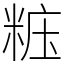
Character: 𥺁